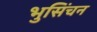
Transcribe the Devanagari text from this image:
भुसिंचन